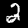
Digit: 2